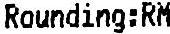
ROUNDING:RM